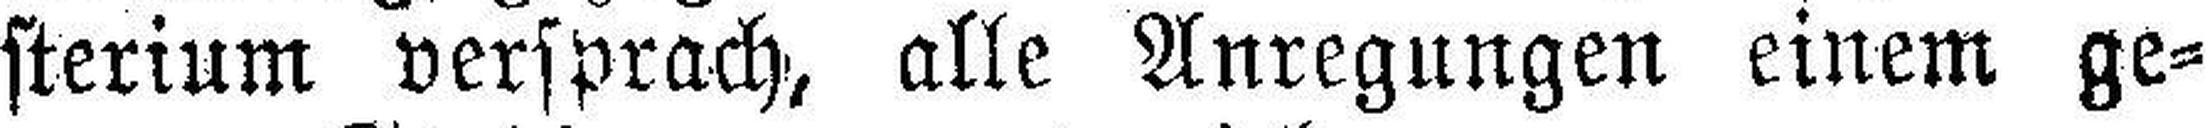
sterium versprach, alle Anregungen einem ge¬